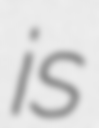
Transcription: is